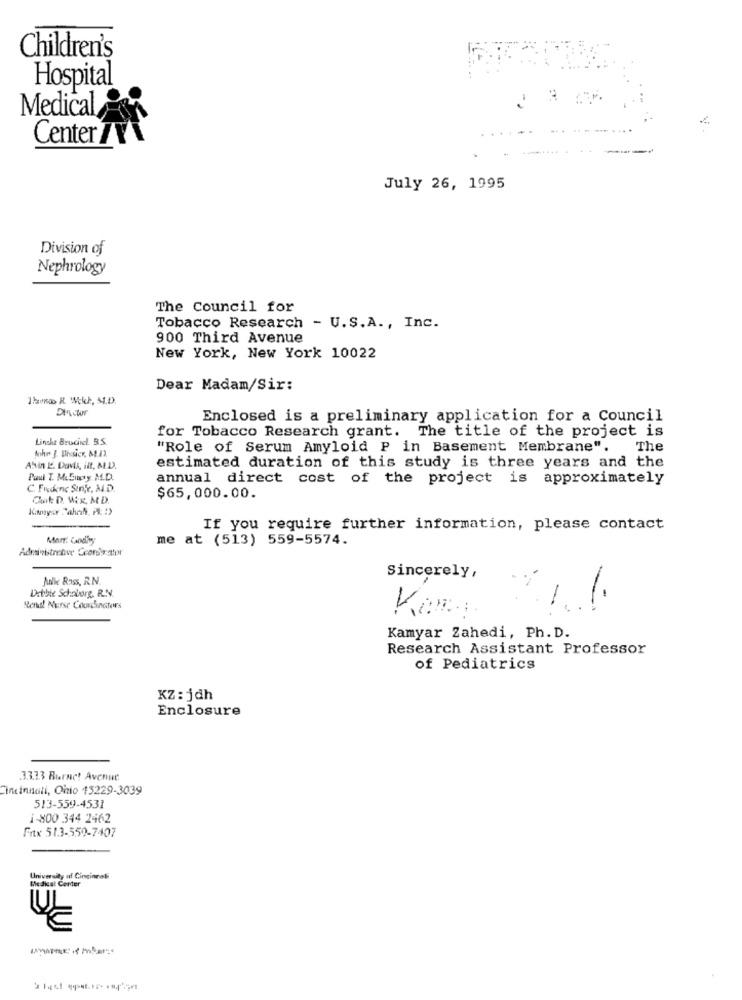
Children's
Hospital
Medical
Center 7Y1
July 26, 1995
Division of
Nephrology
The Council for
Tobacco Research - U.S.A ., Inc.
900 Third Avenue
New York, New York 10022
Dear Madam/Sir:
Enclosed is a preliminary application for a Council
Linche Brucincl. R.S.
for Tobacco Research grant. The title of the project is
"Role of Serum Amyloid P in Basement Membrane".
The
Mohr J. Dissicr, M./2
Alin 12. Davis, il, MED.
estimated duration of this study is three years and the
Paul T. M&Supy. M.D.
annual direct cost of the project is approximately
C. Freckenc Sirje, M.D.
Carte D. WR, M.D.
$65,000.00.
If you require further information, please contact
Mart: Candiy
me at (513) 559-5574.
Administrative Ccone:stor
Anke Rass, R.N.
Sincerely,
Debbie Schaborg, R.N.
Rendl Nurse Coordinates
Kamyar Zahedi, Ph. D.
Research Assistant Professor
of Pediatrics
KZ : jdh
Enclosure
3.3.33 Burnet Avenue
Cincinnati, Ohio 15229-3039
513-559-4531
i-800 344 2462
Fitx 51.3-550-7407
University of Cincinnati
Medical Center